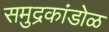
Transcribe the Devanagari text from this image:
समुद्रकांडोळ